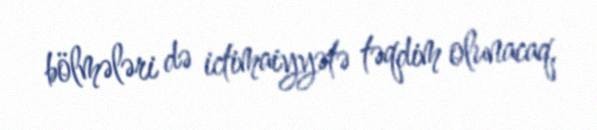
bölmələri də ictimaiyyətə təqdim olunacaq.